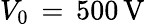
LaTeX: V_{\mathrm{{0}}}\, =\, 500\, \mathrm{{V}}